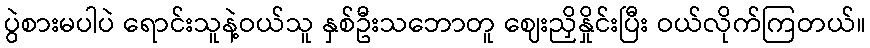
ပွဲစားမပါပဲ ရောင်းသူနဲ့ဝယ်သူ နှစ်ဦးသဘောတူ ဈေးညှိနှိုင်းပြီး ဝယ်လိုက်ကြတယ်။